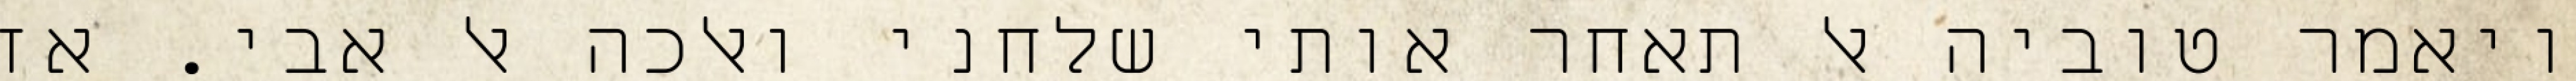
ויאמר טוביה אל תאחר אותי שלחני ואלכה אל אבי. אז